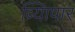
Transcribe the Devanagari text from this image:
व्यािपार